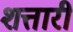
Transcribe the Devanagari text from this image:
शत्तारी